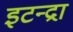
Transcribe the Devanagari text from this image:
इटन्द्रा